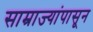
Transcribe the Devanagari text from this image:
साम्राज्यांपासून